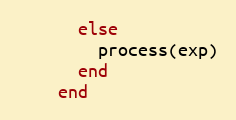
Language: Ruby
      else
        process(exp)
      end
    end